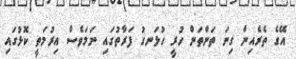
އޭގެ ތެރެއިން ގިނަ ތަންތަން ހުރީ ހުޅަނގު ފަރާތުގައި ނަމަވެސް އިރުމަތީ ކޮޅުގައި